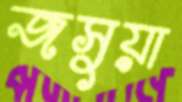
জসুয়া